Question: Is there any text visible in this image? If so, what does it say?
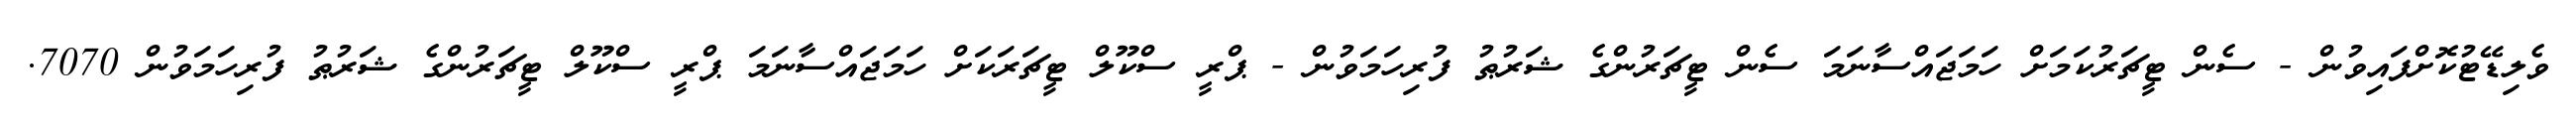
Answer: ވެލިޑޭޓުކޮށްފައިވުން - ސެން ޓީޗަރުކަމަށް ހަމަޖައްސާނަމަ ސެން ޓީޗަރުންގެ ޝަރުޠު ފުރިހަމަވުން - ޕްރީ ސްކޫލް ޓީޗަރަކަށް ހަމަޖައްސާނަމަ ޕްރީ ސްކޫލް ޓީޗަރުންގެ ޝަރުޠު ފުރިހަމަވުން 7070.